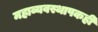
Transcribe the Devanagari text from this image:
महाव्यवस्थापकही